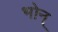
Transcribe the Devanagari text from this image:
भोन्